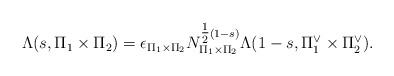
LaTeX: \begin{align*} \Lambda(s,\Pi_1 \times \Pi_2)=\epsilon_{\Pi_1 \times \Pi_2} N_{\Pi_1 \times \Pi_2}^{\tfrac{1}{2}(1-s)}\Lambda(1-s,\Pi_1^{\vee} \times \Pi_2^{\vee}).\end{align*}